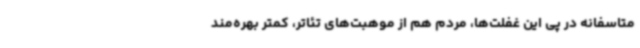
متاسفانه در پی این غفلت‌ها، مردم هم از موهبت‌های تئاتر، کمتر بهره‌مند